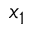
x _ { 1 }